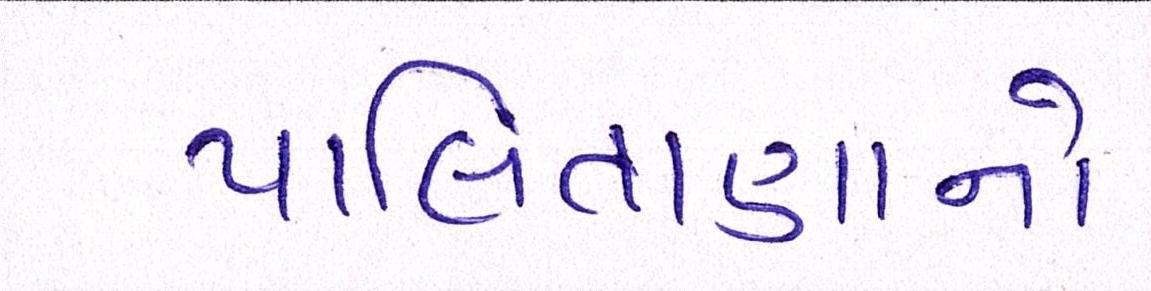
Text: પાલિતાણાનો